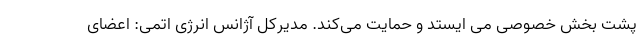
پشت بخش خصوصی می ایستد و حمایت می‌کند. مدیرکل آژانس انرژی اتمی: اعضای